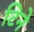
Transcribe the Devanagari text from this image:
टिने